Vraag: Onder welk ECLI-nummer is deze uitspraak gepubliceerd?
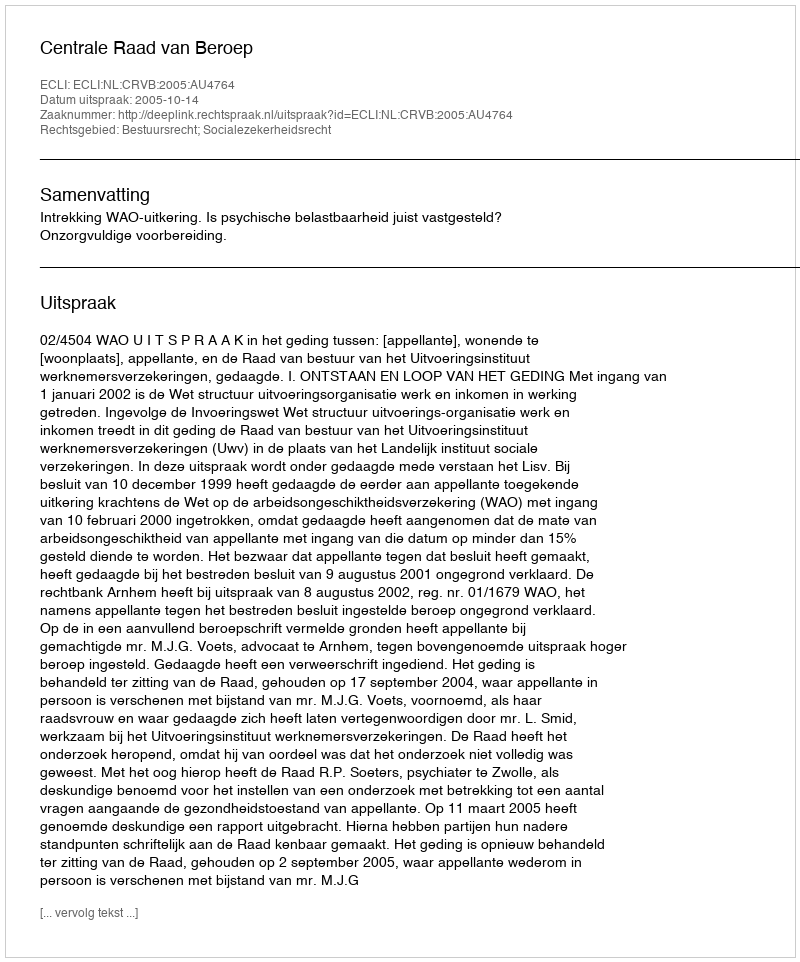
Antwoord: ECLI:NL:CRVB:2005:AU4764